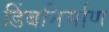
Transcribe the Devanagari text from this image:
डिंबनिर्माण